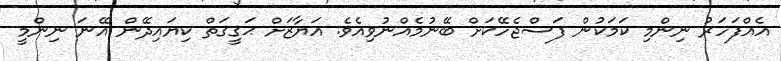
އެއްފަހަރު ނިންމި ކަމަކުން ފަސްޖެހޭކަށް ބޭނުމެއްނުވިއެވެ. އަޔާޒަށް ޙަޤީޤަތް ކިޔައިދޭން އޭނަ ނިންމީ